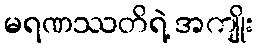
မရဏဿတိရဲ့ အကျိုး